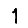
Digit: 1